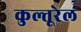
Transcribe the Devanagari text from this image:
कुल्तूरेल